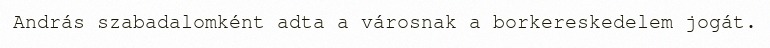
András szabadalomként adta a városnak a borkereskedelem jogát.